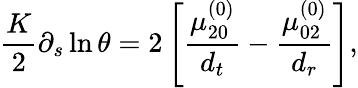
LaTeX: \frac{K}{2}\partial_{s}\ln\theta=2\left[\frac{\mu_{20}^{(0)}}{{d_{t}}}-\frac{\mu_{02}^{(0)}}{{d_{r}}}\right],